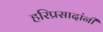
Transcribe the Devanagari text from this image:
हरिप्रसादांनी